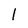
Character: l